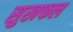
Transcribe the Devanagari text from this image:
सुखफल